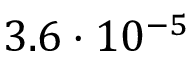
3 . 6 \cdot 1 0 ^ { - 5 }